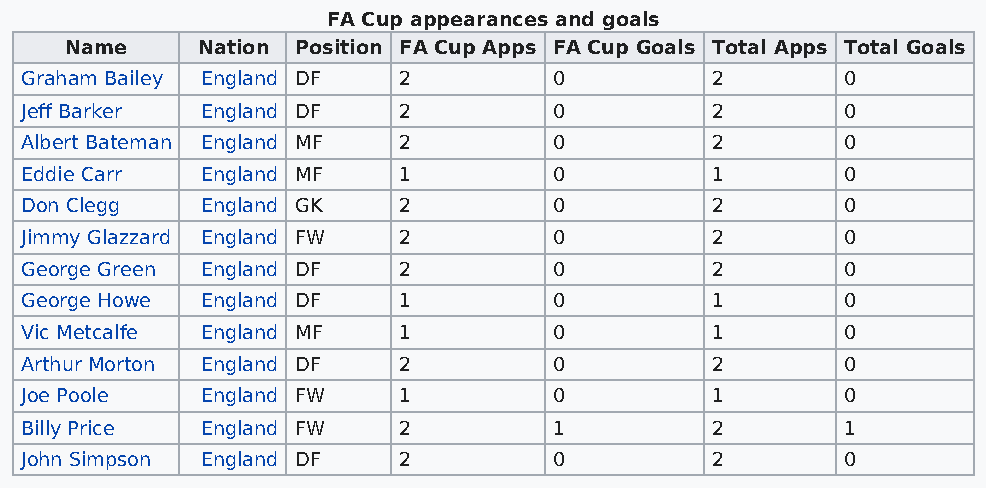
FA Cup appearances and goals
 Name     Nation Position FA Cup Apps FA Cup Goals Total Apps Total Goals
 Graham Bailey England DF 2          0         2        0
 Jeff Barker England DF   2          0         2        0
 Albert Bateman England MF 2         0         2        0
 Eddie Carr  England MF   1          0         1        0
 Don Clegg   England GK   2          0         2        0
 Jimmy Glazzard England FW 2         0         2        0
 George Green England DF  2          0         2        0
 George Howe England DF   1          0         1        0
 Vic Metcalfe England MF  1          0         1        0
 Arthur Morton England DF 2          0         2        0
 Joe Poole   England FW   1          0         1        0
 Billy Price England FW   2          1         2        1
 John Simpson England DF  2          0         2        0